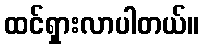
ထင်ရှားလာပါတယ်။